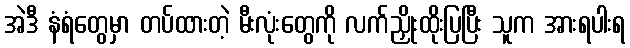
အဲဒီ နံရံတွေမှာ တပ်ထားတဲ့ မီးလုံးတွေကို လက်ညှိုးထိုးပြပြီး သူက အားရပါးရ